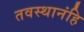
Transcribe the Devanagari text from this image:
तवस्थानंहि